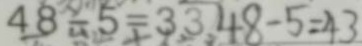
4 8 - 5 = 3 3 4 8 - 5 = 4 3